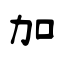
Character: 加